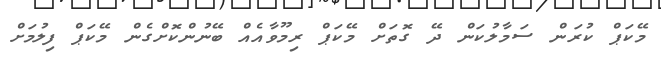
މޭކަޕް ކުރަން ސަމާލުކަން ދޭ ގޮތަށް މޭކަޕް ރިމޫވާއެއް ބޭނުންކޮށްގެން މޭކަޕް ފިލުމަށް